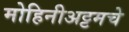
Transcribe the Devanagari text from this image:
मोहिनीअट्टमचे